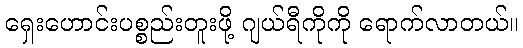
ရှေးဟောင်းပစ္စည်းတူးဖို့ ဂျယ်ရီကိုကို ရောက်လာတယ်။